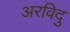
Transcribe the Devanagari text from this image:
अरविदु